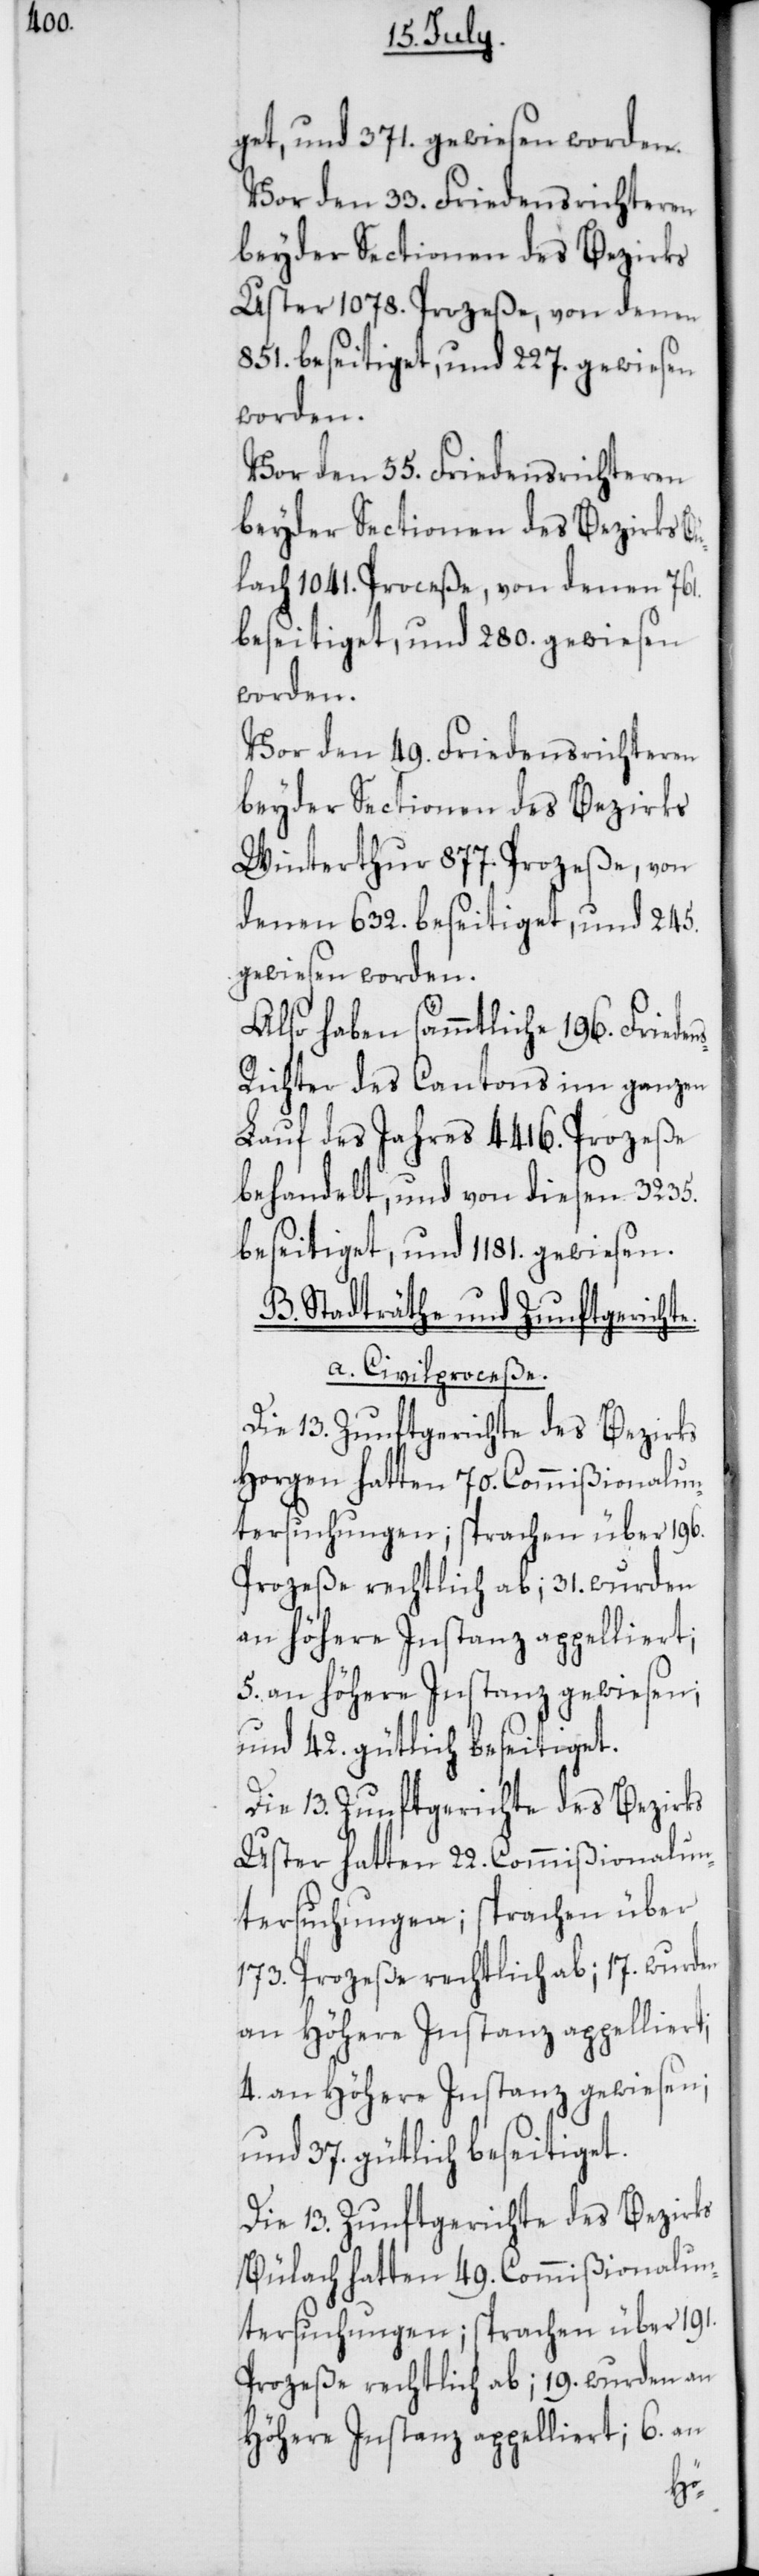
get und 371. gewiesen worden.
Vor den 33. Friedensrichteren
beyder Sectionen des Bezirks
Uster 1078. Proceße, von denen
851. beseitiget, und 227. gewiesen
worden.
Vor den 55. Friedensrichteren
beyder Sectionen des Bezirks Bü¬
lach 1041. Proceße, von denen 761.
beseitiget und 280. gewiesen
worden.
Vor den 49. Friedensrichteren
beyder Sectionen des Bezirks
Winterthur 877. Proceße, von
denen 632. beseitiget und 245.
gewiesen worden.
Also haben sämmtliche 196. Frieden¬
srichter des Cantons im ganzen
Lauf des Jahres 4416. Proceße
behandelt, und von diesen 3235.
beseitiget und 1181. gewiesen.
B. Stadträte und Zunftgerichte.
a. Civilproceße.
Die 13. Zunftgerichte des Bezirks
Horgen hatten 70. Commißionalun¬
tersuchungen; sprachen über 196.
Proceße rechtlich ab; 31. wurden
an höhere Instanz appelliert;
5. an höhere Instanz gewiesen;
und 42. gütlich beseitiget.
Uster hatten 22. Commißionalun¬
tersuchungen; sprachen über
173. Proceße rechtlich ab; 17. wurden
an höhere Instanz appelliert;
4. an Höhere Instanz gewiesen;
und 37. gütlich beseitiget.
Die 13. Zunftgerichte des Bezirks
Bülach hatten 49. Commißionalun¬
tersuchungen; sprachen über 191.
Prozeße rechtlich ab; 19. wurden an
Höhere Instanz appelliert; 6. an